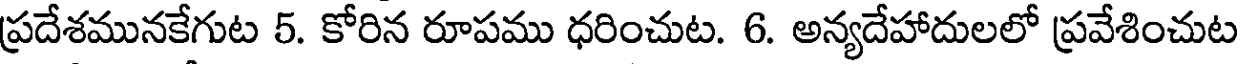
ప్రదేశమునకేగుట 5. కోరిన రూపము ధరించుట. 6. అన్యదేహాదులలో ప్రవేశించుట